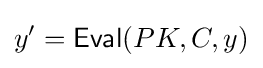
y'={\mathsf {Eval}}(PK,C,y)